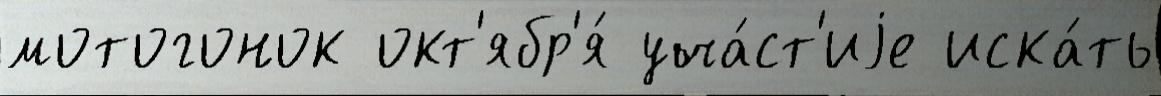
мотогонок окт'ябр'я́ уча́ст'иjе иска́ть